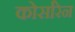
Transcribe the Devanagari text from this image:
कोर्सारेन